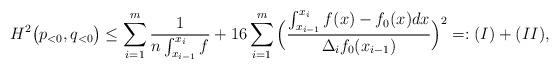
LaTeX: \begin{align*}H^2\big(p_{<0}, q_{<0}\big) \leq \sum_{i=1}^m \frac{1}{n \int_{x_{i-1}}^{x_i} f} + 16\sum_{i=1}^m \Big( \frac{\int_{x_{i-1}}^{x_i} f(x)-f_0(x) dx}{\Delta_i f_0(x_{i-1}) } \Big)^2 =: (I) + (II),\end{align*}